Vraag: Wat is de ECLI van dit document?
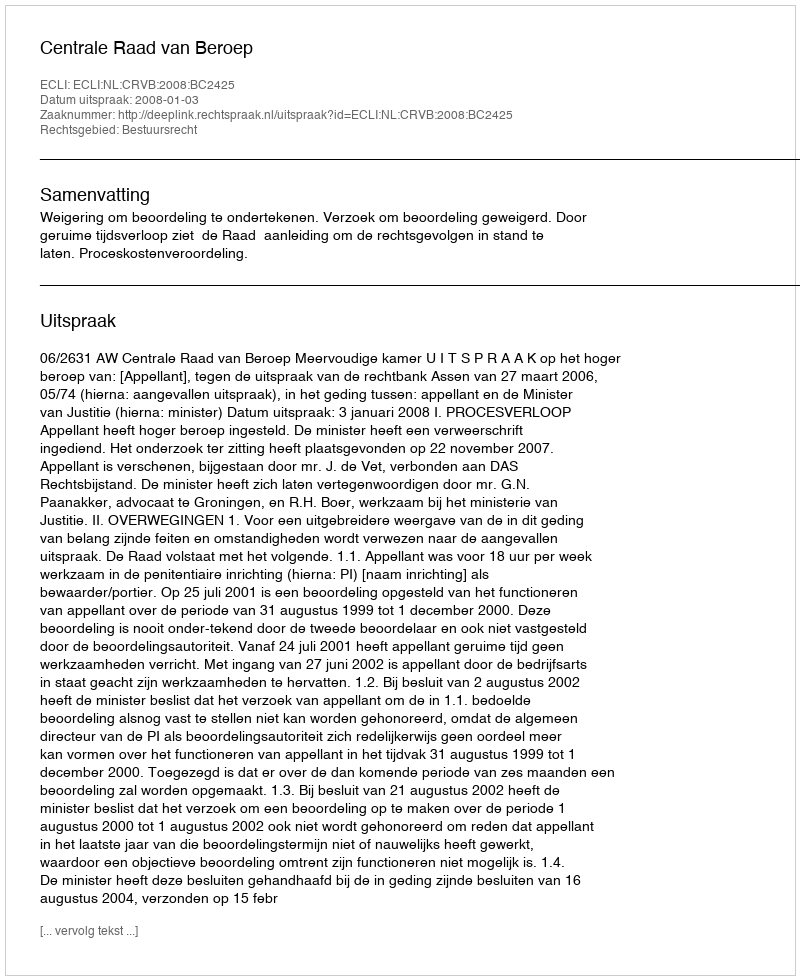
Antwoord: ECLI:NL:CRVB:2008:BC2425